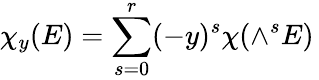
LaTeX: \chi_{y}(E)=\sum_{s=0}^{r}(-y)^{s}\chi(\wedge^{s}E)\,